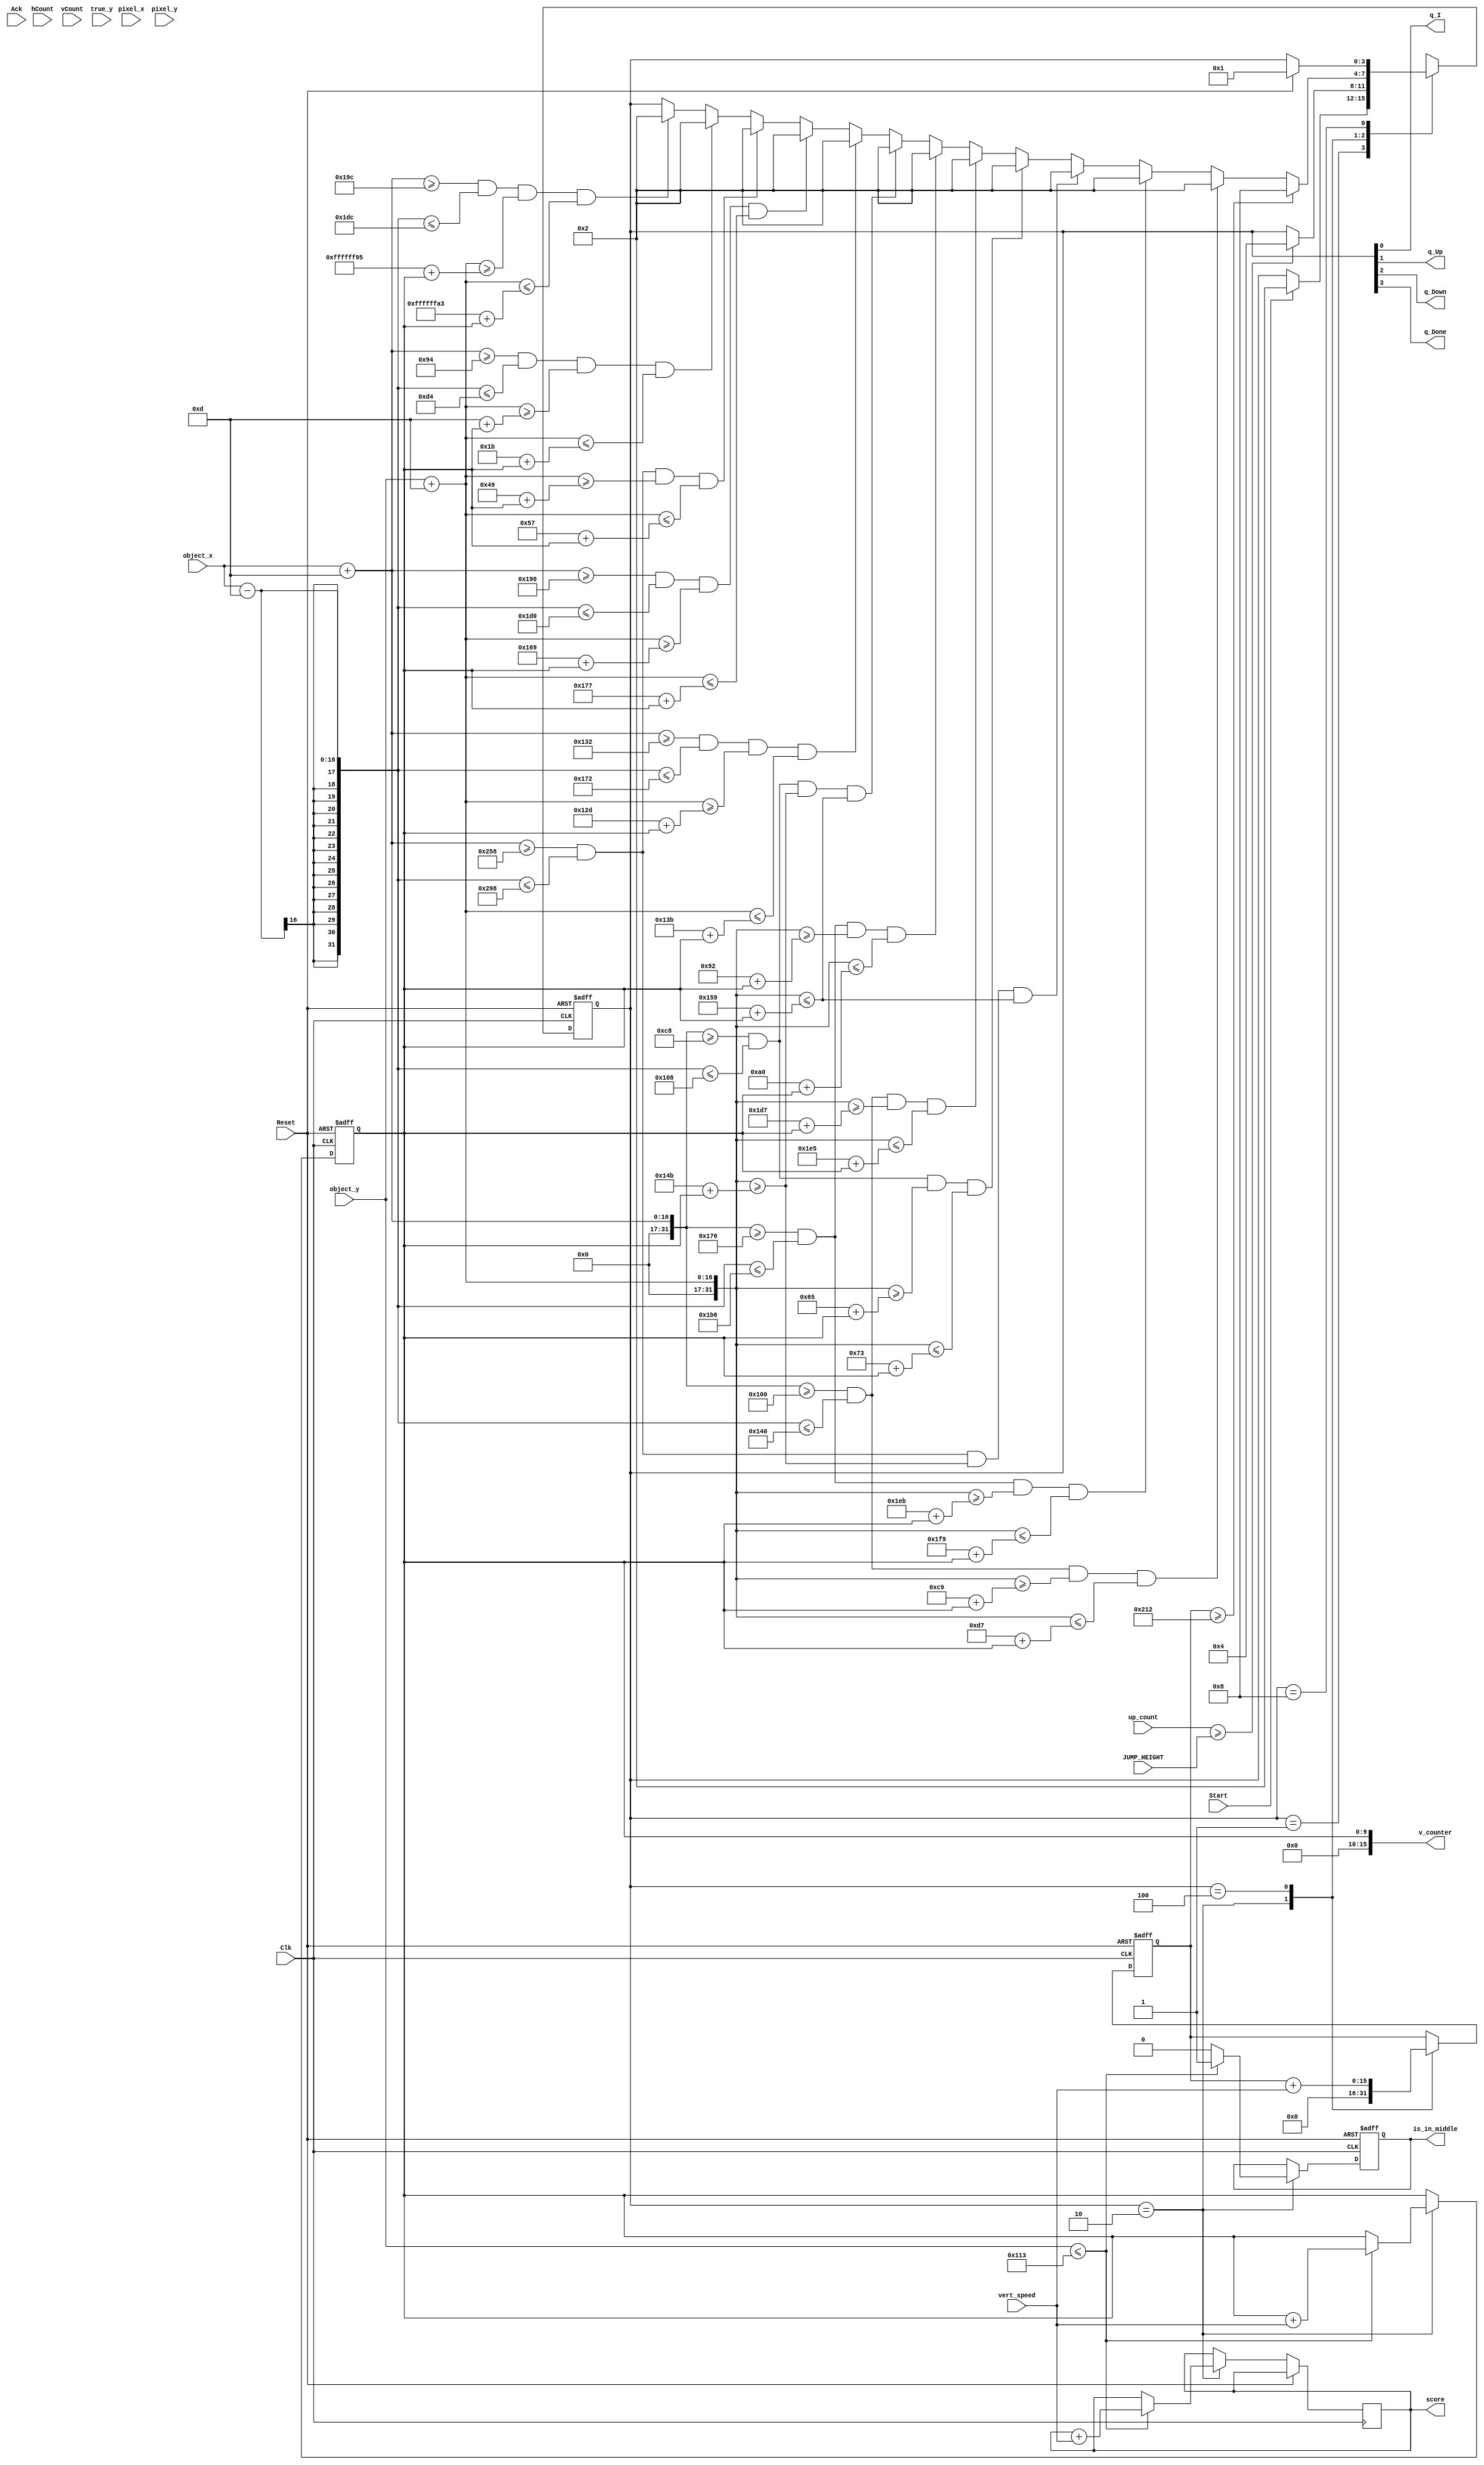
`timescale 1ns / 1ps

module doodle_sm(
    input Clk, Reset, Start, Ack,
    input[9:0] JUMP_HEIGHT,
    // up_count represents the current distance that the doodle has jumped. Generated in vga_controller
    input [9:0] up_count, 
    output q_I, q_Up, q_Down, q_Done,
    input [9:0] hCount, vCount,
    input [7:0] pixel_x, pixel_y, // pixel_x and pixel_y represent the current pixel being displayed on the screen.
    input [15:0] object_x, object_y, // object_x and object_y represent the position of the object being checked
    output reg is_in_middle,
    output [15:0] v_counter, // How many pixels we've scrolled. Defaults to 0
    input [3:0] vert_speed,
    output [15:0] score,
    input [15:0] true_y
);
    // State variables
    reg [3:0] state;
    assign {q_Done, q_Down, q_Up, q_I} = state;
    localparam I = 4'b0001, UP = 4'b0010, DOWN = 4'b0100, DONE = 4'b1000, UNK = 4'bXXXX; // bit mapping

    // Doodle's pixel size
    localparam DOODLE_RADIUS = 13; // from middle to bottom edge
    localparam PLAT_RADIUS_W = 32; // Width radius of platform
	localparam PLAT_RADIUS_H = 7; // Height radius of platform

    // Obtain the resolution of the screen using the VGA interface module
    parameter H_RES = 630; // Goes from 144 to 774 (right)
    parameter V_RES = 480; // Goes from 35 (top) to 515 (bottom)
    reg [15:0] screen_bottom = 515; // The location of the bottom of the screen in relation to the vga world

    // Calculate the midpoint of the screen
    parameter H_MIDDLE = (H_RES / 2) + 144; // Includes offset
    parameter V_MIDDLE = (V_RES / 2) + 35;  // Includes offset

    // Temp variables
    reg [9:0] temp_v_counter;
    reg [15:0] temp_score;
    reg [15:0] fall_time = 0;

    always @ (posedge Clk, posedge Reset)
    begin
        if (Reset)
            begin
                state <= I;
                is_in_middle <= 1'b0;
                temp_v_counter <= 0;
                fall_time <= 0;
            end
        else begin
            case(state)
                I:
                    begin
                        if (Start)
                            state <= UP;
                    end
                UP:
                    begin
                        fall_time <= 0;
                        if (up_count >= JUMP_HEIGHT)
                            state <= DOWN;

                        if (object_y <= V_MIDDLE) begin
                            is_in_middle <= 1;
                            temp_v_counter <= v_counter + vert_speed;
                            temp_score <= temp_score + vert_speed;
                        end
                        else 
                            is_in_middle <= 0;
                        // Account for y shrinking
                    end
                
                DOWN:
                    begin
                        fall_time <= fall_time + vert_speed;
                        // if (((true_y[15] == v_counter[15]) && (true_y > 515 - v_counter))) // If doodle is below the bottom of the screen he's dead
                        if (fall_time >= (H_RES - 100))   
                            state <= DONE;
                        // B1
                        else if ((object_x+DOODLE_RADIUS)>=(288-PLAT_RADIUS_W) && (object_x-DOODLE_RADIUS)<=(288+PLAT_RADIUS_W) && (object_y+DOODLE_RADIUS)>=(208-PLAT_RADIUS_H+v_counter) && (object_y+DOODLE_RADIUS)<=(208+PLAT_RADIUS_H+v_counter))
                            state <= UP;
                        // B2
                        else if ((object_x+DOODLE_RADIUS)>=(406-PLAT_RADIUS_W) && (object_x-DOODLE_RADIUS)<=(406+PLAT_RADIUS_W) && (object_y+DOODLE_RADIUS)>=(498-PLAT_RADIUS_H+v_counter) && (object_y+DOODLE_RADIUS)<=(498+PLAT_RADIUS_H+v_counter))
                            state <= UP;
                        // B3
                        else if ((object_x+DOODLE_RADIUS)>=(632-PLAT_RADIUS_W) && (object_x-DOODLE_RADIUS)<=(632+PLAT_RADIUS_W) && (object_y+DOODLE_RADIUS)>=(338-PLAT_RADIUS_H+v_counter) && (object_y+DOODLE_RADIUS)<=(338+PLAT_RADIUS_H+v_counter))
                            state <= UP;
                        // B4
                        else if ((object_x+DOODLE_RADIUS)>=(232-PLAT_RADIUS_W) && (object_x-DOODLE_RADIUS)<=(232+PLAT_RADIUS_W) && (object_y+DOODLE_RADIUS)>=(108-PLAT_RADIUS_H+v_counter) && (object_y+DOODLE_RADIUS)<=(108+PLAT_RADIUS_H+v_counter))
                            state <= UP;
                        // B5
                        else if ((object_x+DOODLE_RADIUS)>=(288-PLAT_RADIUS_W) && (object_x-DOODLE_RADIUS)<=(288+PLAT_RADIUS_W) && (object_y+DOODLE_RADIUS)>=(478-PLAT_RADIUS_H+v_counter) && (object_y+DOODLE_RADIUS)<=(478+PLAT_RADIUS_H+v_counter))
                            state <= UP;
                        // B6
                        else if ((object_x+DOODLE_RADIUS)>=(406-PLAT_RADIUS_W) && (object_x-DOODLE_RADIUS)<=(406+PLAT_RADIUS_W) && (object_y+DOODLE_RADIUS)>=(153-PLAT_RADIUS_H+v_counter) && (object_y+DOODLE_RADIUS)<=(153+PLAT_RADIUS_H+v_counter))
                            state <= UP;
                        // B8
                        else if ((object_x+DOODLE_RADIUS)>=(232-PLAT_RADIUS_W) && (object_x-DOODLE_RADIUS)<=(232+PLAT_RADIUS_W) && (object_y+DOODLE_RADIUS)>=(338-PLAT_RADIUS_H+v_counter) && (object_y+DOODLE_RADIUS)<=(338+PLAT_RADIUS_H+v_counter))
                            state <= UP;
                        // B9
                        else if ((object_x+DOODLE_RADIUS)>=(338-PLAT_RADIUS_W) && (object_x-DOODLE_RADIUS)<=(338+PLAT_RADIUS_W) && (object_y+DOODLE_RADIUS)>=(308-PLAT_RADIUS_H+v_counter) && (object_y+DOODLE_RADIUS)<=(308+PLAT_RADIUS_H+v_counter))
                            state <= UP;
                        // B10
                        else if ((object_x+DOODLE_RADIUS)>=(432-PLAT_RADIUS_W) && (object_x-DOODLE_RADIUS)<=(432+PLAT_RADIUS_W) && (object_y+DOODLE_RADIUS)>=(368-PLAT_RADIUS_H+v_counter) && (object_y+DOODLE_RADIUS)<=(368+PLAT_RADIUS_H+v_counter))
                            state <= UP;
                        // B11
                        else if ((object_x+DOODLE_RADIUS)>=(632-PLAT_RADIUS_W) && (object_x-DOODLE_RADIUS)<=(632+PLAT_RADIUS_W) && (object_y+DOODLE_RADIUS)>=(80-PLAT_RADIUS_H+v_counter) && (object_y+DOODLE_RADIUS)<=(80+PLAT_RADIUS_H+v_counter))
                            state <= UP;
                        // B12
                        else if ((object_x+DOODLE_RADIUS)>=(180-PLAT_RADIUS_W) && (object_x-DOODLE_RADIUS)<=(180+PLAT_RADIUS_W) && (object_y+DOODLE_RADIUS)>=(20-PLAT_RADIUS_H+v_counter) && (object_y+DOODLE_RADIUS)<=(20+PLAT_RADIUS_H+v_counter)) // 180, 20
                            state <= UP;
                        // B13
                        else if ((object_x+DOODLE_RADIUS)>=(444-PLAT_RADIUS_W) && (object_x-DOODLE_RADIUS)<=(444+PLAT_RADIUS_W) && (object_y+DOODLE_RADIUS)>=((-100)-PLAT_RADIUS_H+v_counter) && (object_y+DOODLE_RADIUS)<=((-100)+PLAT_RADIUS_H+v_counter)) // 444, -100
                            state <= UP;
                    end
                
                DONE:
                    begin
                        if (Reset)
                            state <= I;
                    end
                
                default: 
                        state <= UNK;
            endcase
        end

    end


    // assign temp values
    assign v_counter = temp_v_counter;
    assign score = temp_score;

endmodule